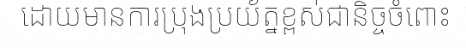
ដោយមានការប្រុងប្រយ័ត្នខ្ពស់ជានិច្ចចំពោះ